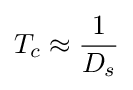
T_{c}\approx {\frac {1}{D_{s}}}